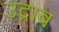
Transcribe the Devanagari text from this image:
उद्राब